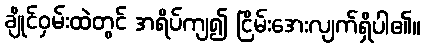
ချိုင်ဝှမ်းထဲတွင် အရိပ်ကျ၍ ငြိမ်းအေးလျက်ရှိပါ၏။